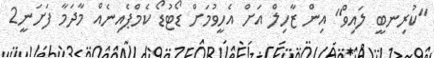
"ކުރިނބީ ލައިވް" އިން ޒާހިލް އަށް އެހީވުމަށް ޑޯޓުޑޯ ކެމްޕެއިނެއް މާދަމާ ފަށަނީ2